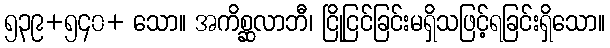
၅၃၉+၅၄၀+ သော။ အကိစ္ဆလာဘီ၊ ငြိုငြင်ခြင်းမရှိသဖြင့်ရခြင်းရှိသော။